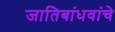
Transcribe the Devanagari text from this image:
जातिबांधवांचे